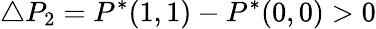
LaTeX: \triangle P_{2}=P^{*}(1,1)-P^{*}(0,0)>0